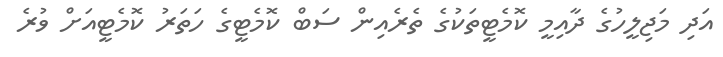
އަދި މަޖިލީހުގެ ދާއިމީ ކޮމެޓީތަކުގެ ތެރެއިން ސަބް ކޮމެޓީގެ ހަތަރު ކޮމެޓީއަށް ވުރެ